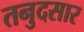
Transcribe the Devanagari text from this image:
तनुदसार